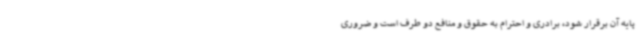
پایه آن برقرار شود، برادری و احترام به حقوق و منافع دو طرف است و ضروری